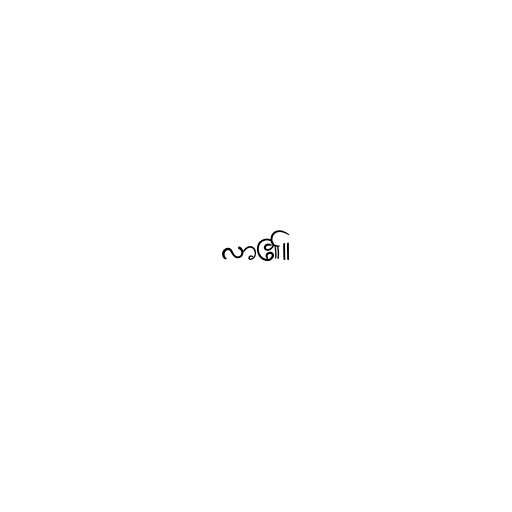
လာ၏။